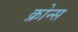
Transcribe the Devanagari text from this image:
क्रोन्स